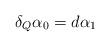
LaTeX: \begin{align*}\delta_Q\alpha_0=d\alpha_1\end{align*}